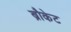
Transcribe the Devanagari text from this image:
ब्रौकेट